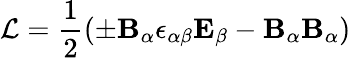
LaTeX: {\cal L}={\frac{1}{2}}{({\pm\mathbf B_{\alpha}}{\epsilon_{{\alpha}{\beta}}}{\mathbf E_{\beta}}-{\mathbf B}_{\alpha}{\mathbf B}_{\alpha})}